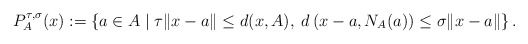
\begin{align*}P_{A}^{\tau,\sigma}(x):= \left\{a\in A \mid \tau \|x-a\|\le d(x,A),\; d\left(x-a,N_A(a)\right)\le \sigma\|x-a\|\right\}.\end{align*}